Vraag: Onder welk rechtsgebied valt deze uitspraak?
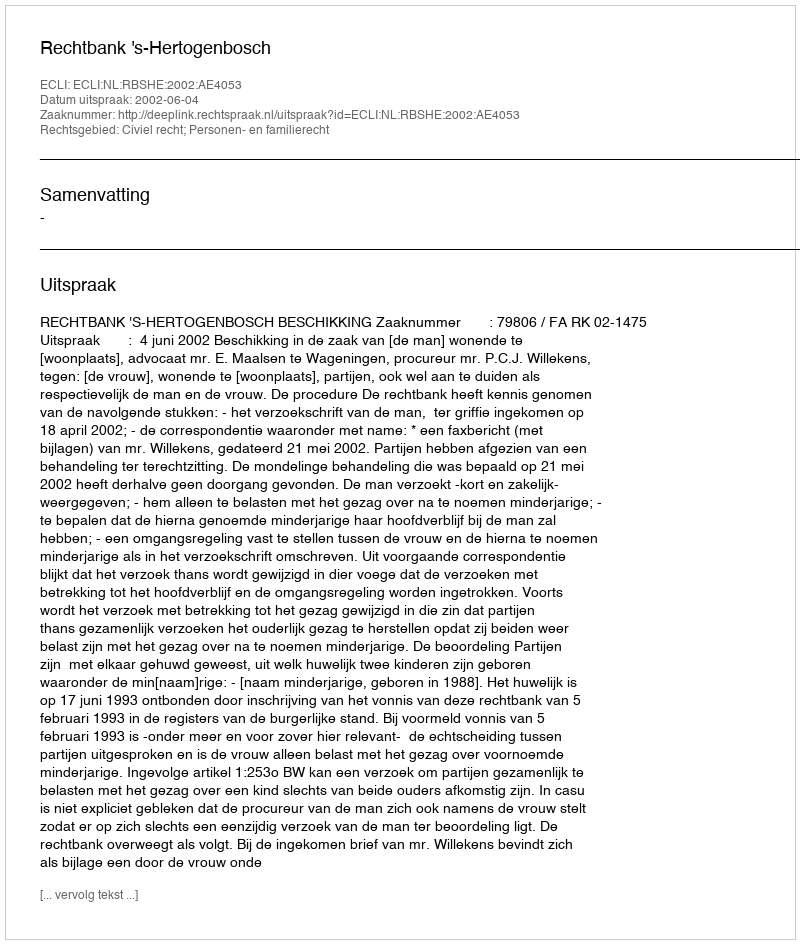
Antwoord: Civiel recht; Personen- en familierecht